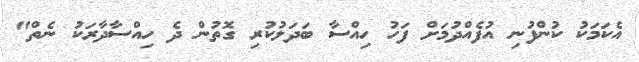
އެކަމަކު ކުންފުނި އުފެއްދުމަށް ފަހު ހިއްސާ ބަދަލުކުރި ގޮތުން ދެ ހިއްސާދާރަކު ނެތް"